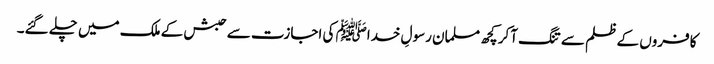
کافروں کے ظلم سے تنگ آکر کچھ مسلمان رسولِ خداﷺ کی اجازت سے حبش کے ملک میں چلے گئے۔